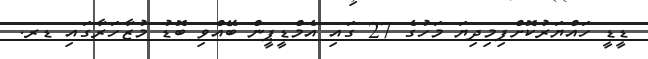
ޑީޑީ ހައްޔަރުކޮށްފިމިދިޔަ މަހުގެ 27 ގައި އެމްޑީޕީން ބޭއްވި ބޮޑު މުޒާހަރާގައި ޑރ.